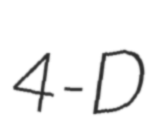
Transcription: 4-D